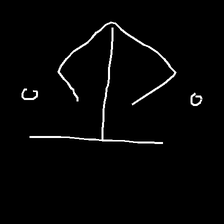
Glyph: earth